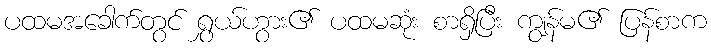
ပထမအခေါက်တွင် ရွှယ်ဟွား၏ ပထမဆုံး စာရှိပြီး ကျွန်မ၏ ပြန်စာက